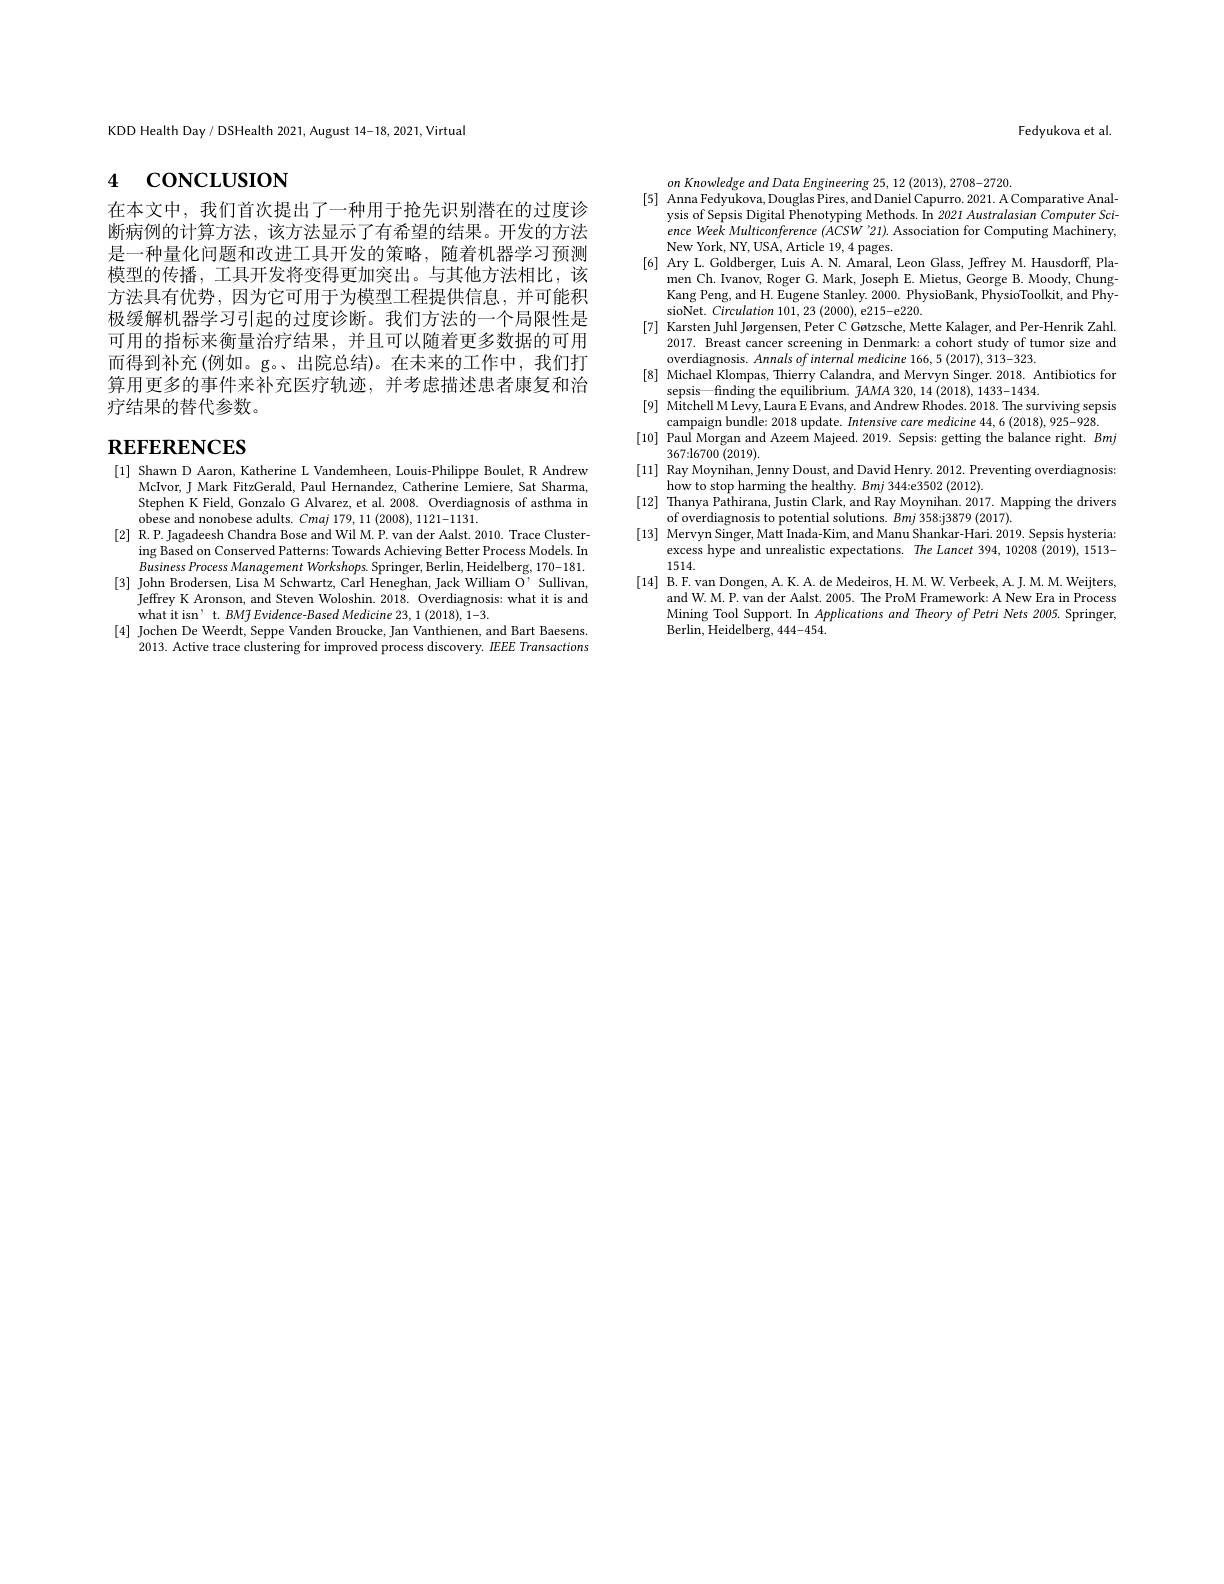
KDD Health Day / DSHealth 2021, August 14-18, 2021, Virtual

# 4 concusıon

在本文中，我们首次提出了一种用于抢先识别潜在的过度诊断病例的计算方法，该方法显示了有希望的结果。开发的方法是一种量化问题和改进工具开发的策略，随着机器学习预测模型的传播，工具开发将变得更加突出。与其他方法相比，该方法具有优势，因为它可用于为模型工程提供信息，并可能积极缓解机器学习引起的过度诊断。我们方法的一个局限性是可用的指标来衡量治疗结果，并且可以随着更多数据的可用而得到补充(例如。g。、出院总结)。在未来的工作中，我们打算用更多的事件来补充医疗轨迹，并考虑描述患者康复和治疗结果的替代参数。

# $\mathbf{REFERENCES}$

[1] Shawn D Aaron, Katherine L Vandemheen, Louis-Philippe Boulet, R Andrew
McIvor, J Mark FitzGerald, Paul Hernandez, Catherine Lemiere, Sat Sharma, Stephen K Field, Gonzalo G Alvarez, et al. 2008. Overdiagnosis of asthma in $\dot{\text{obese and nonobese adults. }Cmaj}179,11(2008),1121-1131.$
[2] R.P.Jagadeesh Chandra Bose and Wil M. P. van der Aalst. 2010. Trace Cluster-
ing Based on Conserved Patterns: Towards Achieving Better Process Models. In Business Process Management Workshops. Springer, Berlin, Heidelberg, 170-181.
[3] John Brodersen, Lisa M Schwartz, Carl Heneghan, Jack William Ö’ Sullivan,
Jeffrey K Aronson, and Steven Woloshin. 2018. Overdiagnosis: what it is and
what it isn' t. BM$\tilde{f} \textit{Evidence- Based Medicine 23, 1( 2018) , 1- 3. }$
[4] Jochen De Weerdt, Seppe Vanden Broucke, Jan Vanthienen, and Bart Baesens.
2013. Active trace clustering for improved process discovery. IEEE Transactions

Fedyukova et al

on Knowledge and Data Engineering 25, 12 (2013), 2708-2720.
[5] Anna Fedyukova, Douglas Pires, and Daniel Capurro. 2021. A Comparative Anal-
ysis of Sepsis Digital Phenotyping Methods. In 2021 Australasian Computer Sci- $ence\textit{ Week Multiconference ( ACSW' 21) . Association for Computing Machinery, }$ New York, NY, USA, Article 19, 4 pages.
[6] Ary L. Goldberger, Luis A. N. Amaral, Leon Glass, Jeffrey M. Hausdorff, Pla-
men Ch. Ivanov, Roger G. Mark, Joseph E. Mietus, George B. Moody, ChungKang Peng, and H. Eugene Stanley. 2000. PhysioBank, PhysioToolkit, and PhysioNet. Circulation 101, 23 (2000), e215-e220.
[7] Karsten Juhl Jørgensen, Peter C Gøtzsche, Mette Kalager, and Per-Henrik Zahl.
2017. Breast cancer screening in Denmark: a cohort study of tumor size and
overdiagnosis. Annals of internal medicine 166, 5 (2017), 313-323.
[8] Michael Klompas, Thierry Calandra, and Mervyn Singer. 2018. Antibiotics for
sepsis—finding the equilibrium. fAMA 320, 14 (2018), 1433-1434.
[9] Mitchell M Levy, Laura E Evans, and Andrew Rhodes. 2018. The surviving sepsis
campaign bundle: 2018 update. Intensive care medicine 44, 6 (2018), 925-928.
[10] Paul Morgan and Azeem Majeed. 2019. Sepsis: getting the balance right. Bmj
367{:}l6700(2019).
[11] Ray Moynihan, Jenny Doust, and David Henry. 2012. Preventing overdiagnosis:
how to stop harming the healthy. Bmj 344:e3502 (2012).
[12] Thanya Pathirana, Justin Clark, and Ray Moynihan. 2017. Mapping the drivers
of overdiagnosis to potential solutions. Bmj 358:j3879 (2017).
[13] Mervyn Singer, Matt Inada-Kim, and Manu Shankar-Hari. 2019. Sepsis hysteria:
excess hype and unrealistic expectations. The Lancet 394, 10208 (2019), 1513-
1514.
[14] B.F.van Dongen, A. K. A. de Medeiros, H. M. W. Verbeek, A. J. M. M. Weijters,
and W. M. P. van der Aalst. 2005. The ProM Framework: A New Era in Process Mining Tool Support. In Applications and Theory of Petri Nets 2005. Springer, Berlin, Heidelberg, 444-454.